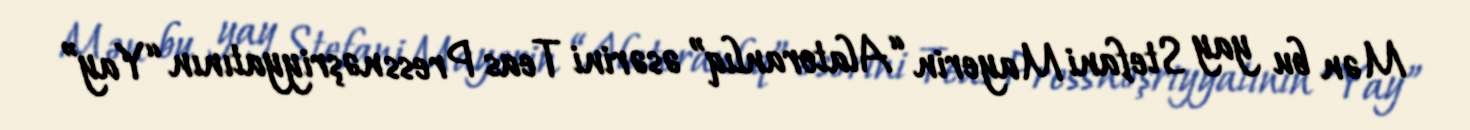
Mən bu yay Stefani Mayerin “Alatoranlıq” əsərini Teas Press nəşriyyatının “Yay”